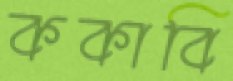
ককাবি